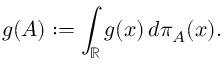
g ( A ) : = \int _ { \mathbb { R } } g ( x ) \, d \pi _ { A } ( x ) .